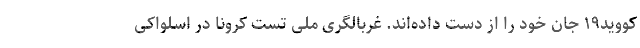
کووید۱۹ جان خود را از دست داده‌اند. غربالگری ملی تست کرونا در اسلواکی